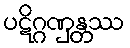
ပဋိဂ္ဂဏှန္တဿ